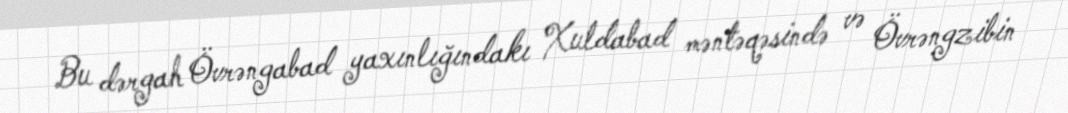
Bu dərgah Övrəngabad yaxınlığındakı Xuldabad məntəqəsində və Övrəngzibin